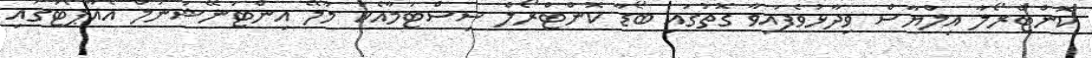
ކޮންޓްރޯލާ އިލްޔާސް ވިދާޅުވެފައިވާ ގޮތުގައި ބޯޑާ ކޮންޓްރޯލް ސިސްޓަމާއެކު މާލޭ އިންޓަނޭޝަނަލް އެއާޕޯޓުގައި